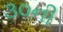
૩૦ની